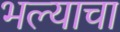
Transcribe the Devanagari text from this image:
भल्याचा